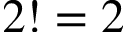
2 ! = 2